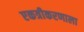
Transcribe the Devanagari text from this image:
एकत्रीकरणाला